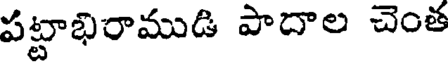
పట్టాభిరాముడి పాదాల చెంత